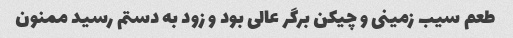
طعم سیب زمینی و چیکن برگر عالی بود و زود به دستم رسید ممنون